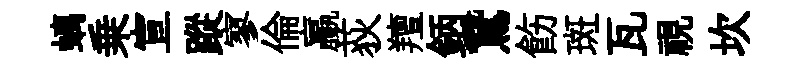
螭乗宣蹤寥倫贏荻羶鈵鵞飭斑瓦視坎